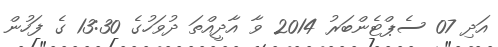
އަދި 07 ސެޕްޓެންބަރު 2014 ވާ އާދީއްތަ ދުވަހުގެ 13:30 ގެ ފަހުން